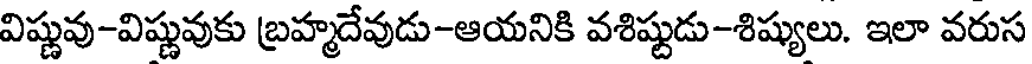
విష్ణువు-విష్ణువుకు బ్రహ్మదేవుడు-ఆయనికి వశిష్టుడు-శిష్యులు. ఇలా వరుస